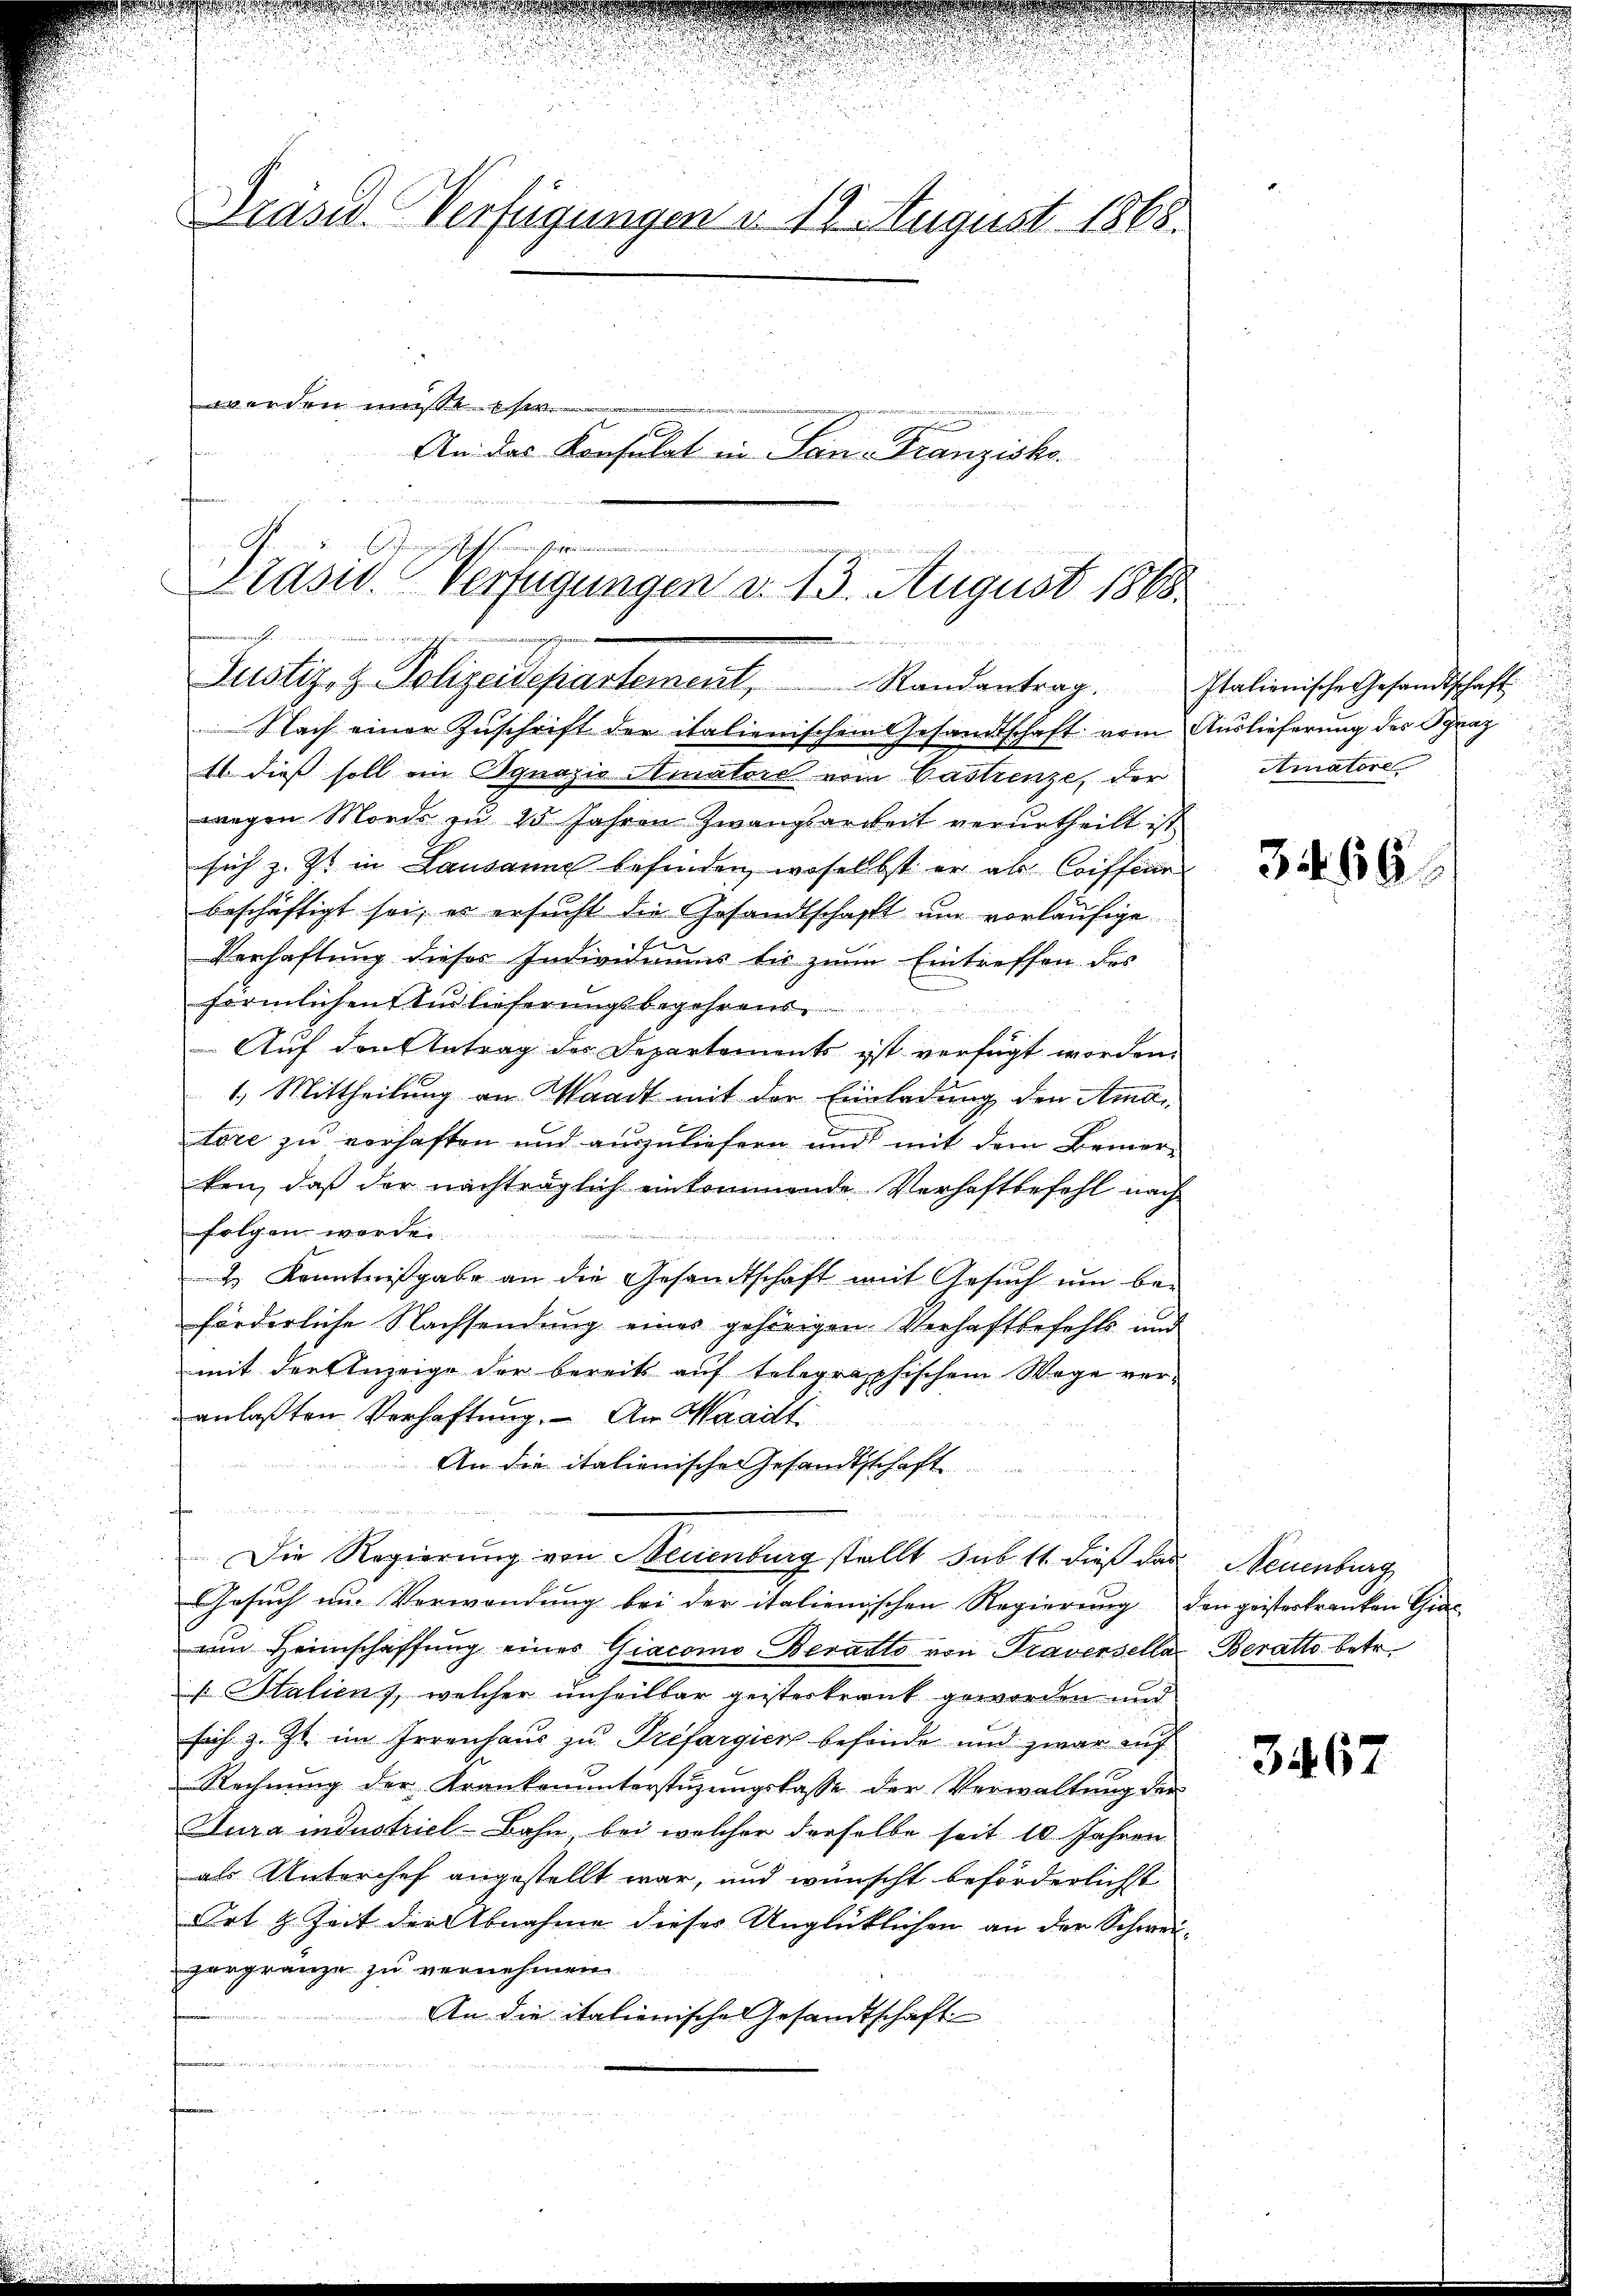
g

Präsid. Verfügungen d. 12. August 1868.
menden müster
An das Konsulat in San. Franzisko

....................
Präsid. Verfügungen d. 13. August 1868
i
wie er eben sichen ein einen vermahligen
aienten de
Justiz- & Polizeidepartement, Randantrag. Italienische Gesandtschaft

Nach einer Zuschrift der italienischem Gesandtschaft vom Auslieferung des Spraz
1 dieß soll ein Ognaziv Amatore vom Pastrenze, der
wegen Mords zu 45 Jahren Zwangsarbeit verurtheilt ist.
sich z. Zt. in Lausanne befinden, woselbst er als Coiffeur
beschäftigt sei, es ersucht die Gesandtschafft um vorläufige
f
Verhaftung dieses Individuums bis zum Eintreffen des
förmlichen Auslieferungsbegehrens
Auf den Antrag des Departements ist verfügt worden.
1.) Mittheilung an Waadt mit der Einladung den Amai
tore zu verhaften und auszuliefern und mit dem Bemer-
ken, daß der nachträglich einkommende Verhaftbefehl nach
folgen werden.
2 Kenntnißgabe an die Gesandtschaft mit Gesŭch ŭm be-
förderliche Nachsendung eines gehörigen Verhaftbefehls und
mit der Anzeige der bereits auf telegraphischem Wege veranlaßten Verhaftung. - An Waadt
An die italienische Gesandtschaft
n
Die Regierung von Neuenburg stellt sub 11 dieß das Neuenburg
Gesuch um Verwendung bei der italienischen Regierung den geisterkranken Ein-
am Heimschaffŭng eines Giacomo Beratto von Traversella Beratto betr.
 Italien, welcher unheilbar geisterkrank geworden und
sich z. Zt. im Irrenhaus zu Préfargier befinde und zwar auf
Rechnŭng der Krankenunterstüzungsbasse der Verwaltŭng der
Tura industriel-Bahn bei welcher derselbe seit 10 Jahren
als Unterchef angestellt war, und wünscht beförderlichst
Ort z. Zeit der Abnahme dieses Unglücklichen an der Schwei-
gergränze zu vernehmen
An die italienische Gesandtschaft
 die

d
u
Amatore

3466.

3467